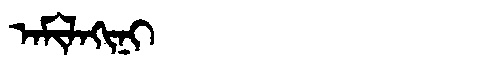
Manchu: ᠠᠮᡳᠯᠠᡴᡳᠨᡳ
Romanization: AMILAKINI